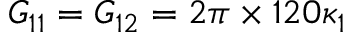
G _ { 1 1 } = G _ { 1 2 } = 2 \pi \times 1 2 0 \kappa _ { 1 }